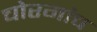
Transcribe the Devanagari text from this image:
चोरगांव